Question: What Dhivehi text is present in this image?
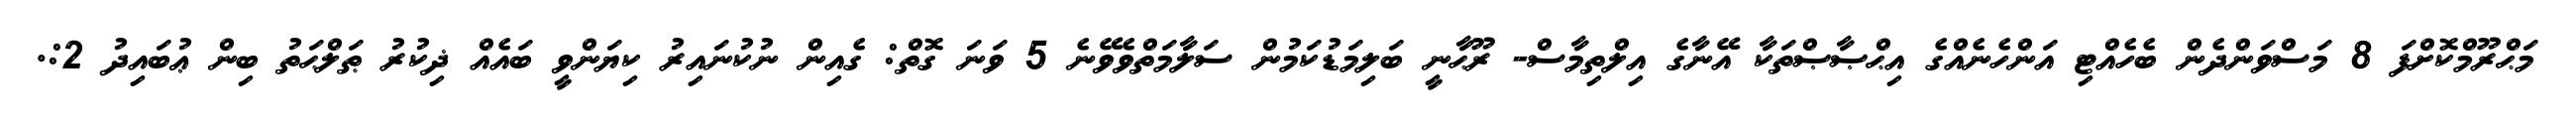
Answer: މަޙްރޫމްކޮށްފަ 8 މަސްވަންދެން ބެހެއްޓި އަންހެނެއްގެ އިޙްޞާޞްތަކާ އޭނާގެ އިލްތިމާސް- ރޫޙާނީ ބަލިމަޑުކަމުން ސަލާމަތްވެވޭނެ 5 ވަނަ ގޮތް: ގެއިން ނުކުނައިރު ކިޔަންވީ ބައެއް ޛިކުރު ޠަލްޙަތު ބިން ޢުބައިދު 2:.